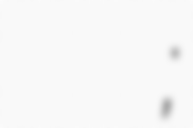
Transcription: Тетяна Миколаївна Грищенко;